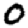
Digit: 0